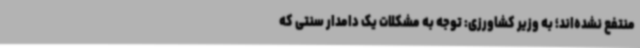
منتفع نشده‌اند؛ به وزیر کشاورزی: توجه به مشکلات یک دامدار سنتی که